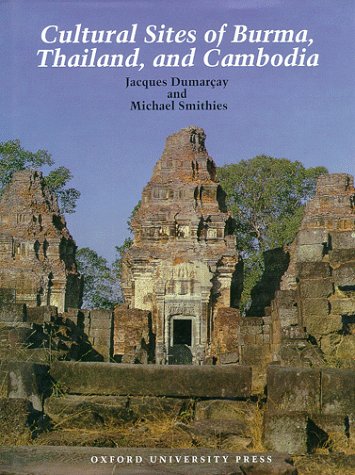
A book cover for Cultural Sites of Burma, Thailand, and Cambodia; Jacques DumarÃ§ay; Travel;